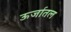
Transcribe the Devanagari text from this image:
ऊर्जातल